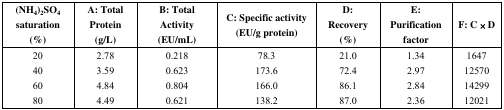
<table><thead><tr><td><b>(NH<sub>4</sub>)<sub>2</sub>SO<sub>4</sub> saturation (%)</b></td><td><b>A: Total Protein (g/L)</b></td><td><b>B: Total Activity (EU/mL)</b></td><td><b>C: Specific activity (EU/g protein)</b></td><td><b>D: Recovery (%)</b></td><td><b>E: Purification factor</b></td><td><b>F: C × D</b></td></tr></thead><tbody><tr><td>20</td><td>2.78</td><td>0.218</td><td>78.3</td><td>21.0</td><td>1.34</td><td>1647</td></tr><tr><td>40</td><td>3.59</td><td>0.623</td><td>173.6</td><td>72.4</td><td>2.97</td><td>12570</td></tr><tr><td>60</td><td>4.84</td><td>0.804</td><td>166.0</td><td>86.1</td><td>2.84</td><td>14299</td></tr><tr><td>80</td><td>4.49</td><td>0.621</td><td>138.2</td><td>87.0</td><td>2.36</td><td>12021</td></tr></tbody></table>